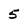
Character: 5